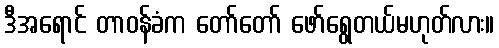
ဒီအရောင် တာဝန်ခံက တော်တော် ဖော်ရွေတယ်မဟုတ်လား။